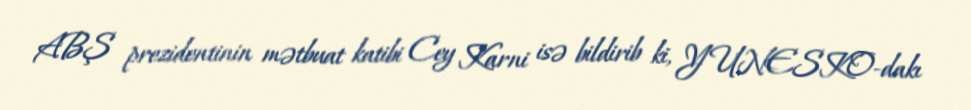
ABŞ prezidentinin mətbuat katibi Cey Karni isə bildirib ki, YUNESKO-dakı